Manual of vaccination for the United Provinces of Agra and Oudh -
Year: 1903
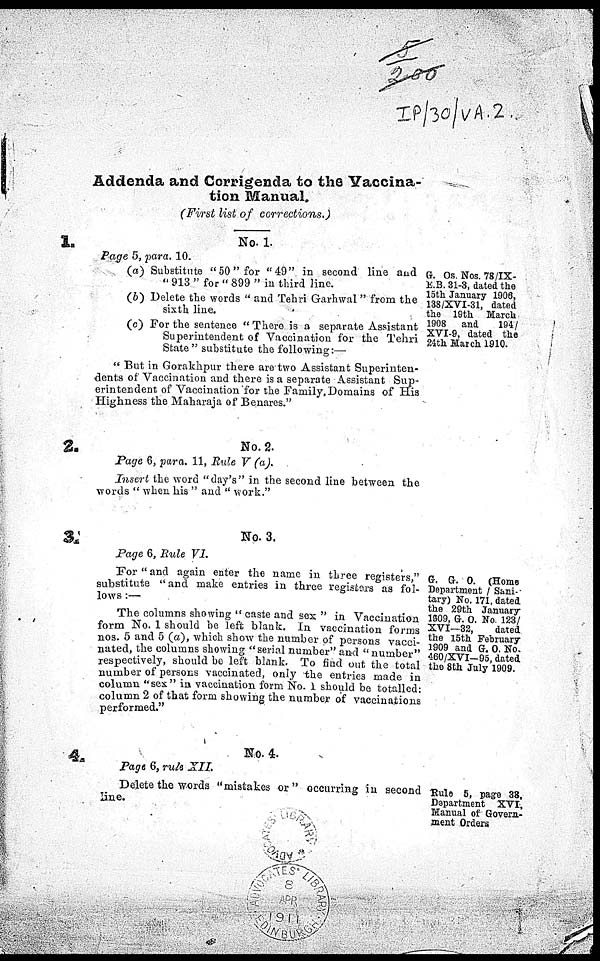
Addenda and Corrigenda to the Vaccina-
tion Manual.
(First list of corrections.)
1.
2.
3.
4.
No. 1.
Page 5, para. 10.
(a) Substitute " 50" for "49" in second line and
" 913 " for " 899 " in third line.
(b) Delete the words " and Tehri Garhwal " from the
sixth line.
(c) For the sentence " There is a separate Assistant
Superintendent of Vaccination for the Tehri
State " substitute the following:—
" But in Gorakhpur there are two Assistant Superinten-
dents of Vaccination and there is a separate Assistant Sup-
erintendent of Vaccination for the Family, Domains of His
Highness the Maharaja of Benares."
No. 2.
Page 6, para. 11, Rule V (a).
Insert the word "day's" in the second line between the
words " when his " and " work."
No. 3.
Page 6, Rule VI.
For "and again enter the name in three registers,"
substitute "and make entries in three registers as fol-
lows :—
The columns showing "caste and sex " in Vaccination
form No. 1 should be left blank. In vaccination forms
nos. 5 and 5 (a), which show the number of persons vacci-
nated, the columns showing "serial number" and "number"
respectively, should bo left blank. To find out the total
number of persons vaccinated, only the entries made in
column "sex" in vaccination form No. 1 should be totalled:
column 2 of that form showing the number of vaccinations
performed."
No. 4.
Page 6, rule XII.
Delete the words "mistakes or" occurring in second
line.
G. Os. Nos. 78/IX-
E.B. 31-3, dated the
15th January 1906,
138/XVI-31, dated
the 19th March
1908 and
194/
XVI-9, dated the
24th March 1910.
G. G. O. (Home
Department / Sani-
tary) No. 171, dated
the 29th January
1809, G. O. No. 123/
XVI—32,
dated
the 15th February
1909 and G. O. No.
460/XVI-95, dated
the 8th July 1909.
Rule 5, page 38,
Department XVI,
Manual of Govern-
ment Orders